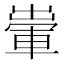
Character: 𨌗